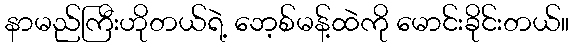
နာမည်ကြီးဟိုတယ်ရဲ့ ဘေ့စ်မန့်ထဲကို မောင်းခိုင်းတယ်။